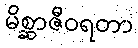
မိစ္ဆာဇီဝရတာ